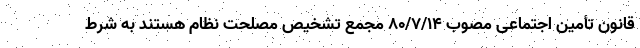
قانون تأمین اجتماعی مصوب ۸۰/۷/۱۴ مجمع تشخیص مصلحت نظام هستند به شرط